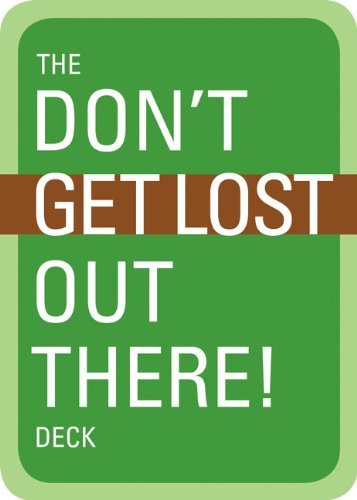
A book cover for The Don't Get Lost Out There! Deck: 56 Cards; Mountaineers Books; Science Fiction & Fantasy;